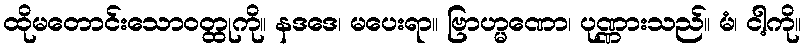
ထိုမတောင်းသောဝတ္ထုကို။ နဒဒေ၊ မပေးရာ။ ဗြာဟ္မဏော၊ ပုဏ္ဏားသည်။ မံ၊ ငါ့ကို။